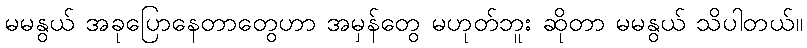
မမနွယ် အခုပြောနေတာတွေဟာ အမှန်တွေ မဟုတ်ဘူး ဆိုတာ မမနွယ် သိပါတယ်။